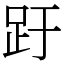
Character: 趶